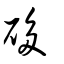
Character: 𥒥